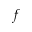
f